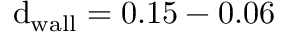
\mathrm { d } _ { \mathrm { w a l l } } = 0 . 1 5 - 0 . 0 6